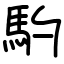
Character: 馰